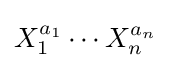
X_{1}^{a_{1}}\cdots X_{n}^{a_{n}}